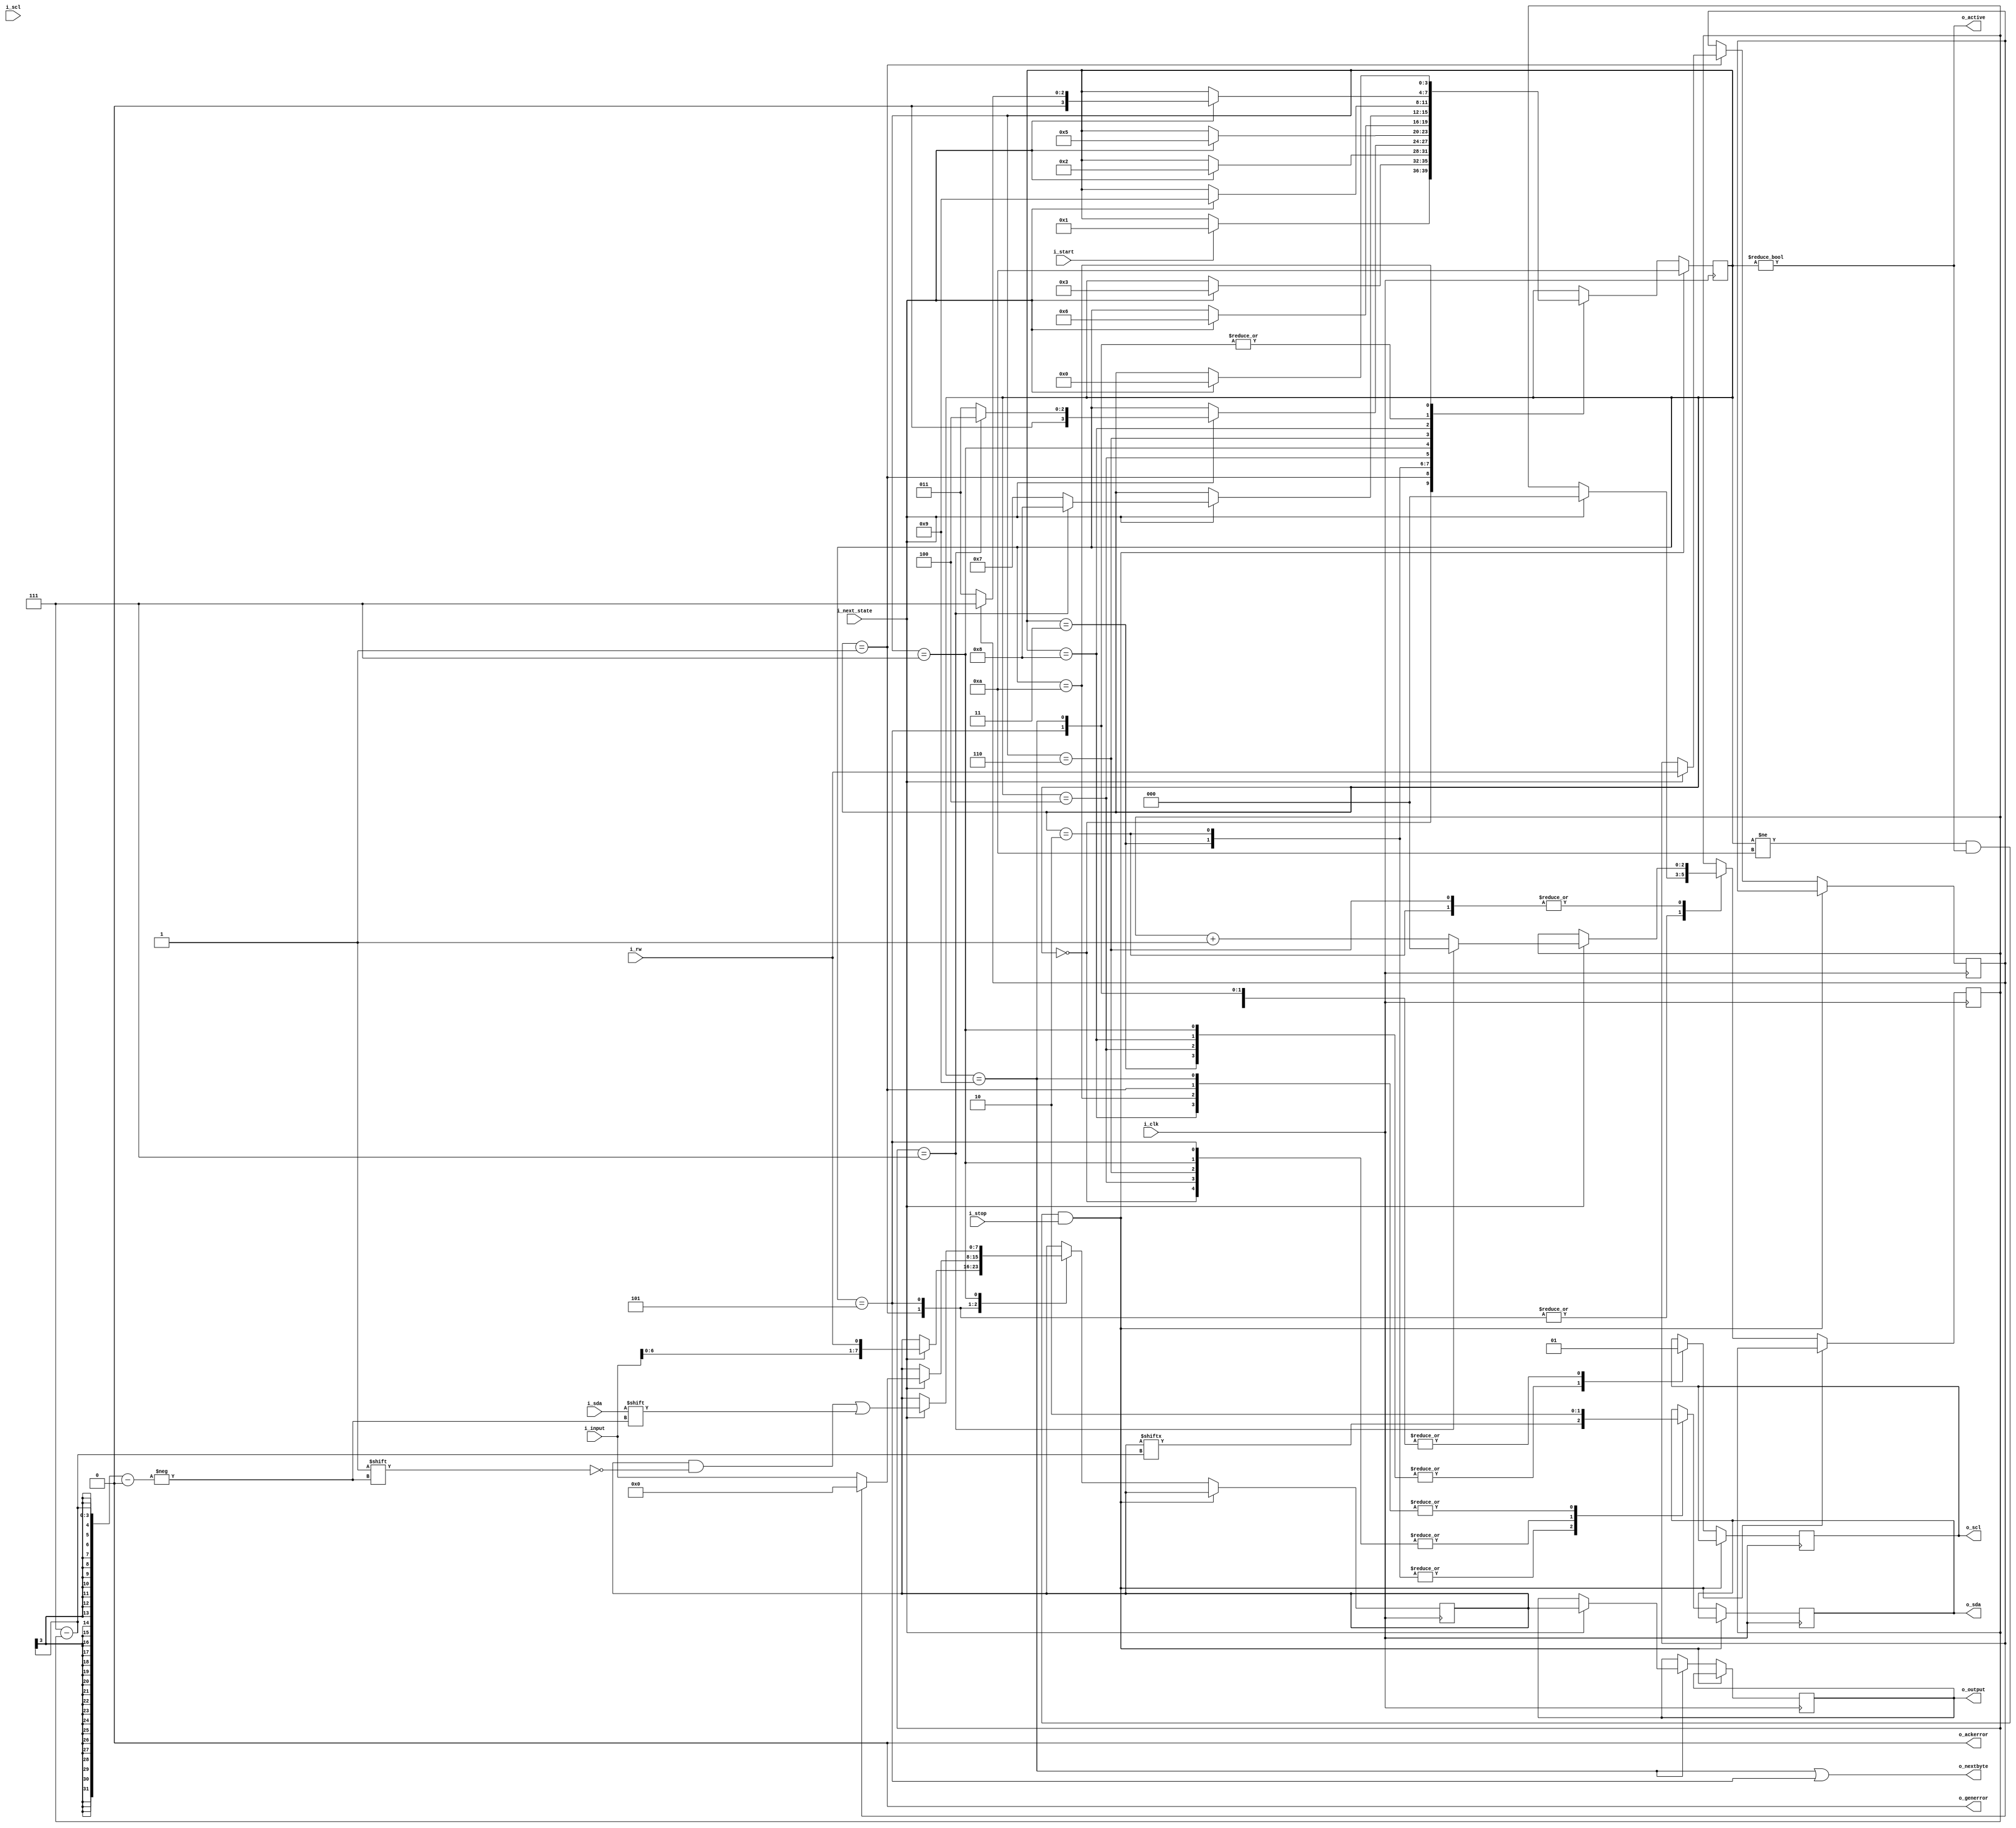
/*
MIT License

Copyright (c) 2021 Ashwin-Rajesh

Permission is hereby granted, free of charge, to any person obtaining a copy
of this software and associated documentation files (the "Software"), to deal
in the Software without restriction, including without limitation the rights
to use, copy, modify, merge, publish, distribute, sublicense, and/or sell
copies of the Software, and to permit persons to whom the Software is
furnished to do so, subject to the following conditions:

The above copyright notice and this permission notice shall be included in all
copies or substantial portions of the Software.

THE SOFTWARE IS PROVIDED "AS IS", WITHOUT WARRANTY OF ANY KIND, EXPRESS OR
IMPLIED, INCLUDING BUT NOT LIMITED TO THE WARRANTIES OF MERCHANTABILITY,
FITNESS FOR A PARTICULAR PURPOSE AND NONINFRINGEMENT. IN NO EVENT SHALL THE
AUTHORS OR COPYRIGHT HOLDERS BE LIABLE FOR ANY CLAIM, DAMAGES OR OTHER
LIABILITY, WHETHER IN AN ACTION OF CONTRACT, TORT OR OTHERWISE, ARISING FROM,
OUT OF OR IN CONNECTION WITH THE SOFTWARE OR THE USE OR OTHER DEALINGS IN THE
SOFTWARE.
*/

// FSM to manage input/output and clock transitions. It does not manage ACK/NACK, R/W signals
module i2c_master_fsm (
    // Input signals
    input i_clk,            // High-speed internal clock
    input i_next_state,     // Toggle SCL

    input i_start,          // Start the transaction
    input i_stop,           // Stop the transaction

    // Data r/w interface
    input i_rw,             // HIGH => Read, LOW => Write
    input[7:0] i_input,     // Input (data/address)
    output reg[7:0] o_output,  
                            // Output (data)
    // Error and status signals
    output o_active,
    output o_nextbyte,              // Ready to send or receive next byte
    output reg o_ackerror   = 0,    // Acknowledge error
    output reg o_generror   = 0,    // Some other error    

    // Connection with SCL port
    input i_scl,
    output reg o_scl = 1,

    // Connection with SDA port    reg o_scl;
    input i_sda,
    output reg o_sda = 1
);

    reg r_rw                = 0;

    // Data latched from i_input for read and to be latched to o_rd_data for write
    reg[7:0] r_data         = 0;

    // Registers storing state
    reg[3:0] r_state        = 0;
    reg[2:0] r_bitcount     = 0;

    // Definitions of states
    localparam 
        s_IDLE          = 0,
        s_START         = 1,

        // States for writing byte
        s_W_SCL_HIGH    = 2,
        s_W_SCL_LOW     = 3,
        s_RACK_SCL_LOW  = 4,
        s_RACK_SCL_HIGH = 5,

        // States for reading bytes
        s_R_SCL_HIGH    = 6,
        s_R_SCL_LOW     = 7,
        s_WACK_SCL_LOW  = 8,
        s_WACK_SCL_HIGH = 9,

        s_STOP          = 10;

    // Active => Not idle
    assign o_active         = (r_state != s_IDLE);
    assign o_nextbyte       = (r_state == s_WACK_SCL_HIGH) || (r_state == s_RACK_SCL_HIGH);

    // FSM Moore machine
    always @(posedge i_clk) begin

        if((r_state != s_STOP) && (r_state != s_IDLE) && i_stop) begin
            r_state     <= s_STOP;
        end
        else case (r_state)
            // SDA : HIGH
            // SCL : HIGH
            // Next state : s_START
            s_IDLE      : begin
                o_sda   <= 1'b1;
                o_scl   <= 1'b1;
                
                if(i_start)
                    r_state  <= s_START;
            end

            // SDA : LOW
            // SCL : HIGH
            // Next state : s_W_SCL_LOW
            s_START         : begin
                o_sda       <= 1'b0;
                o_scl       <= 1'b1;
                
                if(i_next_state) begin
                    r_bitcount  <= 0;
                    r_data      <= {i_input[6:0], i_rw};
                    r_rw        <= i_rw;
                    r_state     <= s_W_SCL_LOW;
                end
            end

            // SDA : Data bit
            // SCL : LOW
            // Next state : s_W_SCL_HIGH
            s_W_SCL_LOW     : begin
                o_sda       <= r_data[7-r_bitcount];
                o_scl       <= 1'b0;

                if(i_next_state) begin
                    r_state     <= s_W_SCL_HIGH;
                end
            end

            // SDA : Data bit
            // SCL : HIGH
            // Next state : s_W_SCL_LOW or s_RACK_SCL_LOW for ACK bit
            s_W_SCL_HIGH    : begin
                o_sda       <= r_data[7-r_bitcount];
                o_scl       <= 1'b1;

                if(i_next_state) begin
                    if(r_bitcount == 7) begin
                        r_state     <= s_RACK_SCL_LOW;
                        r_bitcount  <= 0;
                    end else begin
                        r_state     <= s_W_SCL_LOW;
                        r_bitcount  <= r_bitcount + 1;
                    end                        
                end
            end

            // SDA : ACK from slave
            // SCL : LOW
            // Next state : s_RACK_SCL_HIGH
            s_RACK_SCL_LOW  : begin
                o_sda       <= 1'b1;
                o_scl       <= 1'b0;

                if(i_next_state) begin
                    r_state     <= s_RACK_SCL_HIGH;

                end
            end

            // SDA : ACK from slave
            // SCL : HIGH
            // Next state : s_R_SCL_LOW for read and s_W_SCL_LOW for write
            s_RACK_SCL_HIGH  : begin
                o_sda       <= 1'b1;
                o_scl       <= 1'b1;

                // if(i_sda == 1'b1) begin
                //     r_state     <= s_STOP;
                //     o_ackerror  <= 1'b1;
                // end

                if(i_next_state) begin
                    r_bitcount      <= 0;
                    if(r_rw) begin
                        r_data      <= 0;
                        r_state     <= s_R_SCL_LOW;
                    end else begin
                        r_data      <= i_input;
                        r_state     <= s_W_SCL_LOW;
                    end
                end
            end

            // SDA : Data bit from slave
            // SCL : HIGH
            // Next state : s_R_SCL_HIGH
            s_R_SCL_LOW     : begin
                o_sda       <= 1'b1;
                o_scl       <= 1'b0;

                if(i_next_state) begin
                    r_data[7-r_bitcount] <= i_sda;
                    r_state     <= s_R_SCL_HIGH;
                end
            end

            // SDA : Data bit from slave
            // SCL : HIGH
            // Next state : s_R_SCL_LOW or s_WACK_SCL_LOW for ACK bit
            s_R_SCL_HIGH    : begin
                o_sda       <= 1'b1;
                o_scl       <= 1'b1;

                if(i_next_state) begin
                    if(r_bitcount == 7) begin
                        r_state     <= s_WACK_SCL_LOW;
                        r_bitcount  <= 0;
                    end else begin
                        r_state     <= s_R_SCL_LOW;
                        r_bitcount  <= r_bitcount + 1;
                    end                        
                end
            end

            // SDA : LOW (send acknowledge to slave)
            // SCL : LOW
            // Next state : s_WACK_SCL_HIGH
            s_WACK_SCL_LOW  : begin
                o_scl       <= 1'b0;
                o_sda       <= 1'b0;

                if(i_next_state) begin
                    r_state     <= s_WACK_SCL_HIGH;
                end
            end

            // SDA : LOW (ACK to slave)
            // SCL : LOW
            // Next state : s_R_SCL_LOW for read, s_W_SCL_LOW for write
            s_WACK_SCL_HIGH  : begin
                o_scl       <= 1'b1;
                o_sda       <= 1'b0;

                if(i_next_state) begin
                    o_output       <= r_data;
                    if(r_rw)
                        r_state     <= s_R_SCL_LOW;
                    else
                        r_state     <= s_W_SCL_LOW;
                end
            end

            // SDA : LOW
            // SCL : HIGH       (stop is when SDA goes l->h when SCL is high)
            // Next state : s_IDLE
            s_STOP          : begin
                o_scl       <= 1'b1;
                o_sda       <= 1'b0;

                if(i_next_state)
                    r_state         <= s_IDLE;
            end
        endcase
    end

endmodule